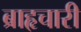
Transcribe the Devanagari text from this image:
ब्राहृचारी